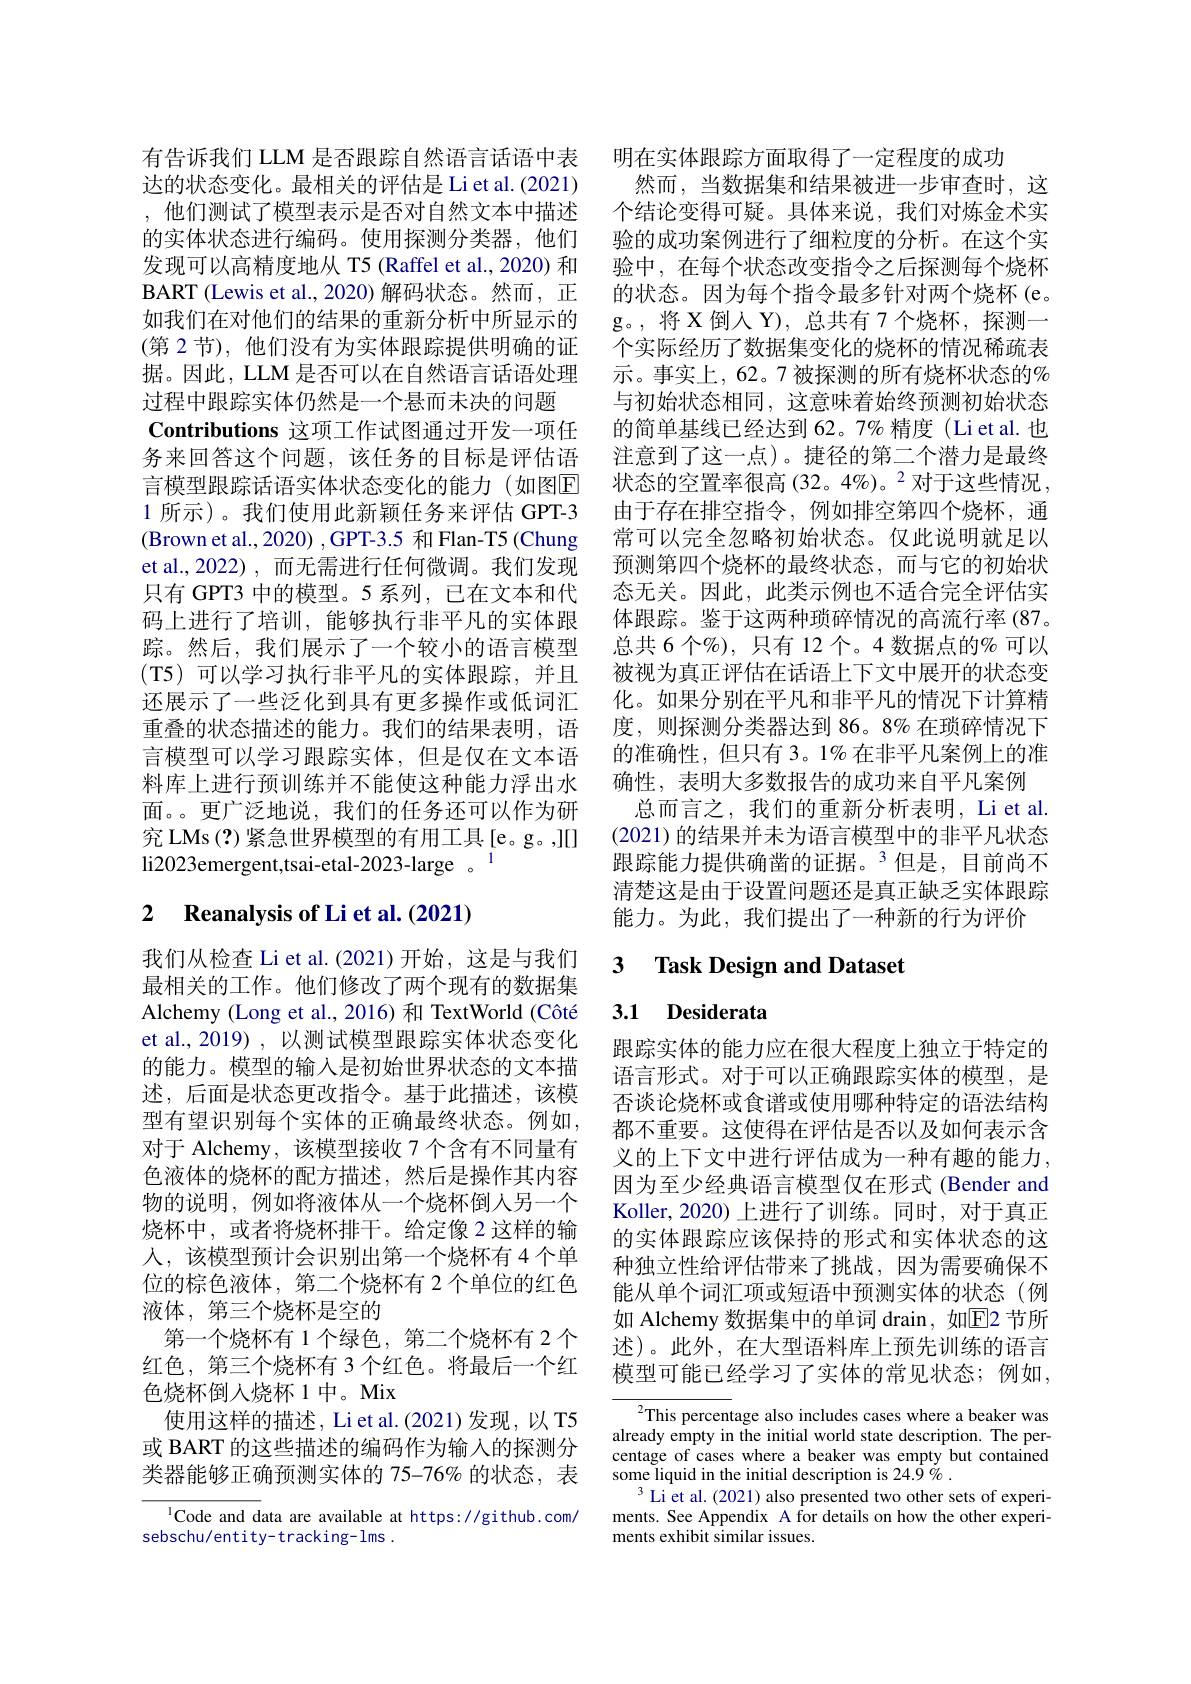
有告诉我们 LLM 是否跟踪自然语言话语中表 明在实体跟踪方面取得了一定程度的成功
达的状态变化。最相关的评估是 Li et al.(2021) ,他们测试了模型表示是否对自然文本中描述的实体状态进行编码。使用探测分类器，他们发现可以高精度地从 T5 (Raffel et al., 2020) 和BART (Lewis et al., 2020) 解码状态。然而，正如我们在对他们的结果的重新分析中所显示的$(第2节),他们没有为实体跟踪提供明确的证$ 据。因此，LLM 是否可以在自然语言话语处理过程中跟踪实体仍然是一个悬而未决的问题
Contributions 这项工作试图通过开发一项任务来回答这个问题，该任务的目标是评估语言模型跟踪话语实体状态变化的能力(如图E 1 所示)。我们使用此新颖任务来评估 GPT-3 $\left(\text{Brown et al.,2020) ,GPT-3.5 和 Flan-T5 (Chung}\right)$ et al.,2022) ,而无需进行任何微调。我们发现只有 GPT3 中的模型。5 系列，已在文本和代码上进行了培训，能够执行非平凡的实体跟踪。然后，我们展示了一个较小的语言模型(T5)可以学习执行非平凡的实体跟踪，并且还展示了一些泛化到具有更多操作或低词汇重叠的状态描述的能力。我们的结果表明，语言模型可以学习跟踪实体，但是仅在文本语料库上进行预训练并不能使这种能力浮出水面。。更广泛地说，我们的任务还可以作为研究 LMs (?) 紧急世界模型的有用工具[e。g。,][] li2023emergent,tsai-etal-2023-large 。

# 2 Reanalysis of Li et al. (2021)

我们从检查 Li et al.(2021)开始，这是与我们最相关的工作。他们修改了两个现有的数据集Alchemy (Long et al.,2016) 和 TextWorld (Côté et al., 2019) , 以测试模型跟踪实体状态变化的能力。模型的输入是初始世界状态的文本描述，后面是状态更改指令。基于此描述，该模型有望识别每个实体的正确最终状态。例如， 对于 Alchemy, 该模型接收 7 个含有不同量有色液体的烧杯的配方描述，然后是操作其内容物的说明，例如将液体从一个烧杯倒人另一个烧杯中，或者将烧杯排干。给定像 2 这样的输人，该模型预计会识别出第一个烧杯有 4 个单位的棕色液体，第二个烧杯有 2 个单位的红色液体，第三个烧杯是空的
第一个烧杯有 1 个绿色，第二个烧杯有 2 个红色，第三个烧杯有 3 个红色。将最后一个红色烧杯倒人烧杯 1 中。Mix
使用这样的描述，Li et al.(2021)发现，以 T5或 BART 的这些描述的编码作为输入的探测分类器能够正确预测实体的 75-76% 的状态，表

ICode and data are available at https://github.com/
sebschu/entity-tracking-lms.

然而，当数据集和结果被进一步审查时，这个结论变得可疑。具体来说，我们对炼金术实验的成功案例进行了细粒度的分析。在这个实验中，在每个状态改变指令之后探测每个烧杯的状态。因为每个指令最多针对两个烧杯(e。g。,将 X 倒人 Y), 总共有 7 个烧杯，探测一个实际经历了数据集变化的烧杯的情况稀疏表示。事实上，62。7被探测的所有烧杯状态的% 与初始状态相同，这意味着始终预测初始状态的简单基线已经达到 62。7% 精度 (Li et al. 也注意到了这一点)。捷径的第二个潜力是最终状态的空置率很高(32。4%)。2对于这些情况， 由于存在排空指令，例如排空第四个烧杯，通常可以完全忽略初始状态。仅此说明就足以预测第四个烧杯的最终状态，而与它的初始状态无关。因此，此类示例也不适合完全评估实体跟踪。鉴于这两种琐碎情况的高流行率(87。总共 6 个%), 只有 12 个。4 数据点的% 可以被视为真正评估在话语上下文中展开的状态变化。如果分别在平凡和非平凡的情况下计算精度，则探测分类器达到 86。8% 在琐碎情况下的准确性，但只有 3。1% 在非平凡案例上的准确性，表明大多数报告的成功来自平凡案例
总而言之，我们的重新分析表明，Li et al (2021)的结果并未为语言模型中的非平凡状态跟踪能力提供确凿的证据。3 但是，目前尚不清楚这是由于设置问题还是真正缺乏实体跟踪能力。为此，我们提出了一种新的行为评价

# 3 Task Design and Dataset

# 3.1 Desiderata

跟踪实体的能力应在很大程度上独立于特定的语言形式。对于可以正确跟踪实体的模型，是否谈论烧杯或食谱或使用哪种特定的语法结构都不重要。这使得在评估是否以及如何表示含义的上下文中进行评估成为一种有趣的能力， 因为至少经典语言模型仅在形式 (Bender and Koller, 2020) 上进行了训练。同时，对于真正的实体跟踪应该保持的形式和实体状态的这种独立性给评估带来了挑战，因为需要确保不能从单个词汇项或短语中预测实体的状态(例如 Alchemy 数据集中的单词 drain, 如$\overline{\mathrm{E}}$2 节所述)。此外，在大型语料库上预先训练的语言模型可能已经学习了实体的常见状态；例如，

${^2\text{This percentage also includes cases where a beaker was}}$ already empty in the initial world state description. The percentage of cases where a beaker was empty but contained some liquid in the initial description is 24.$\tilde{9}\%.$
$^{3}$Li et al.(2021) also presented two other sets of experiments. See Appendix A for details on how the other experiments exhibit similar issues.